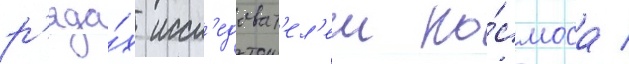
р'яда́х иссл'едоват'ел'еи ко́смоса /